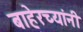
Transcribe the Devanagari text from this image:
बाहेरच्यांनी